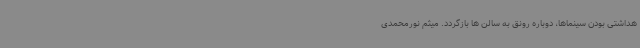
هداشتی بودن سینماها، دوباره رونق به سالن ها بازگردد. میثم نورمحمدی